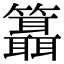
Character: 𥷨